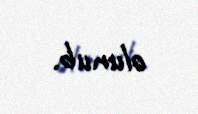
olunub.